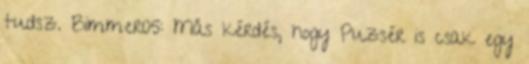
tudsz. Bimmer05: Más kérdés, hogy Puzsér is csak egy